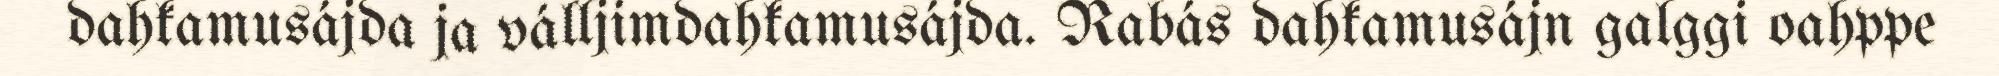
dahkamusájda ja válljimdahkamusájda. Rabás dahkamusájn galggi oahppe